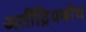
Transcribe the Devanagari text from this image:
अतींद्रियबोध